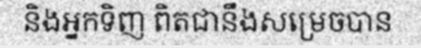
និងអ្នកទិញ ពិតជានឹងសម្រេចបាន